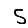
Digit: 5